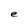
Character: e